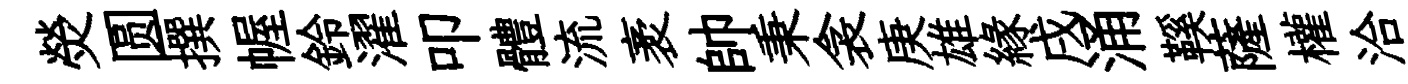
熒圆撰幄鈴濯叩體流袤帥秉衾庚雄緣戌涌鞵薩權洽